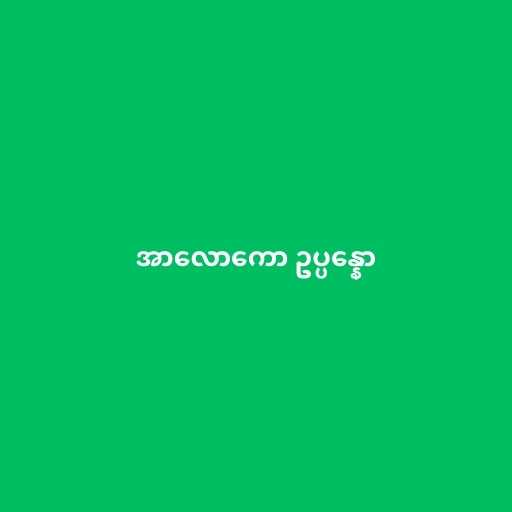
အာလောကော ဥပ္ပန္နော